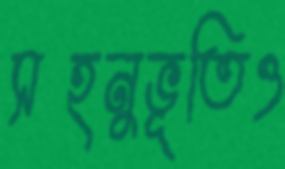
সহনুভূতিও